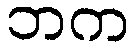
ဘက